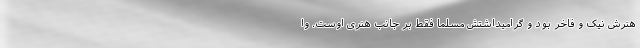
هنرش نیک و فاخر بود و گرامیداشتش مسلماً فقط بر جانب هنری اوست. وا